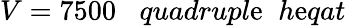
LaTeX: V=7500\; \; \; quadrupl\mathrm{e}\; \; h\mathrm{e}qat